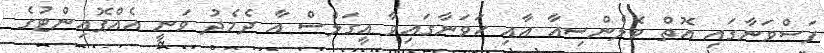
ފަސްވަނާގައި އޮތް ވެލެންސިއާ އާއި ހަވަނާގައިވާ އީގަލްސް އާ ދެމެދު ވަނީ އެއްޕޮއިންޓުގެ